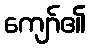
ကျော်၏